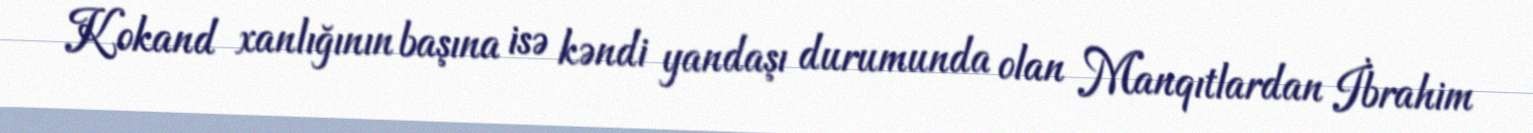
Kokand xanlığının başına isə kəndi yandaşı durumunda olan Manqıtlardan İbrahim